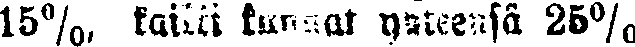
15%, kaikki kunnat yhteensä 25%